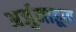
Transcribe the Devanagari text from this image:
अर्जुनाहून